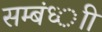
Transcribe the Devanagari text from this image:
सम्बंध्ाी